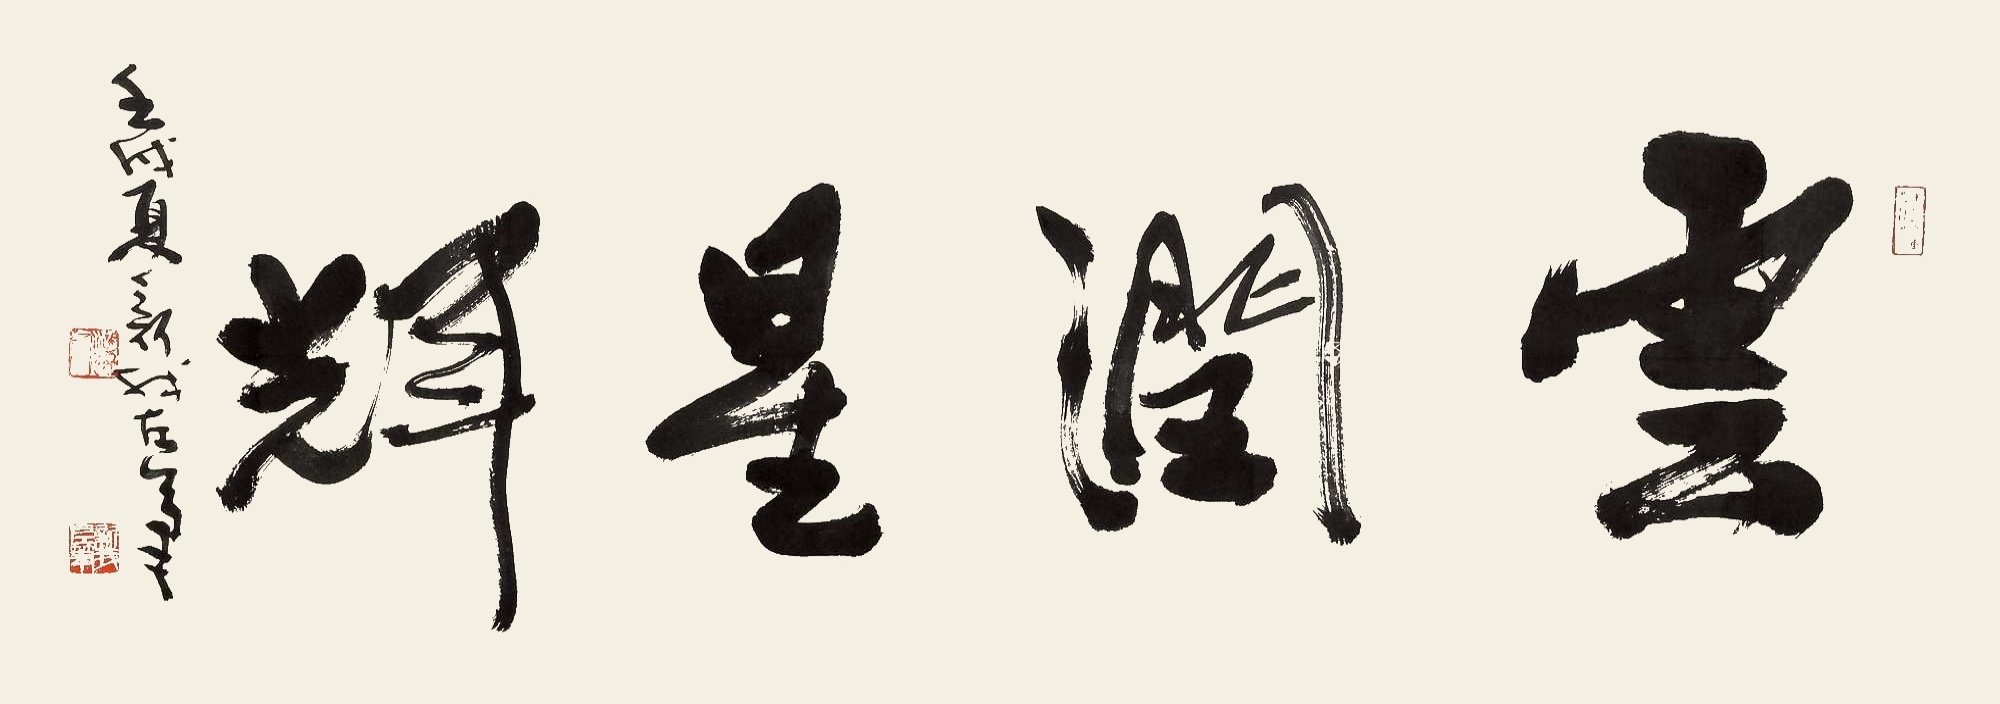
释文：云润星辉壬戌夏新我左笔。